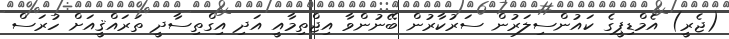
(ޖެރީ) އެމްޑިޕީގެ ކައުންސިލަރުން ސަރުކާރުން ބޭނުންވާ އިޖްތިމާއީ އަދި އިގްތިސާދީ ތަރައްޤީއަށް ހުރަސް